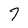
Character: 7